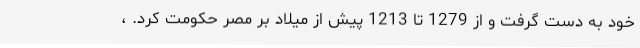
خود به دست گرفت و از 1279 تا 1213 پیش از میلاد بر مصر حکومت کرد. ،